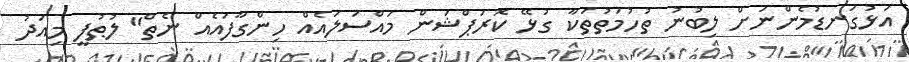
އަޅުގަނޑުމެންނަށް ލިބުނު ތުހުމަތުތަކާ ގުޅޭ ކޮރަޕްޝަން މައްސަލައެއް ހިންގާފައެއް ނެތް" ލުޠުފީ މިއަދު